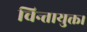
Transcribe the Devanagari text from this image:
चिन्तायुक्त।